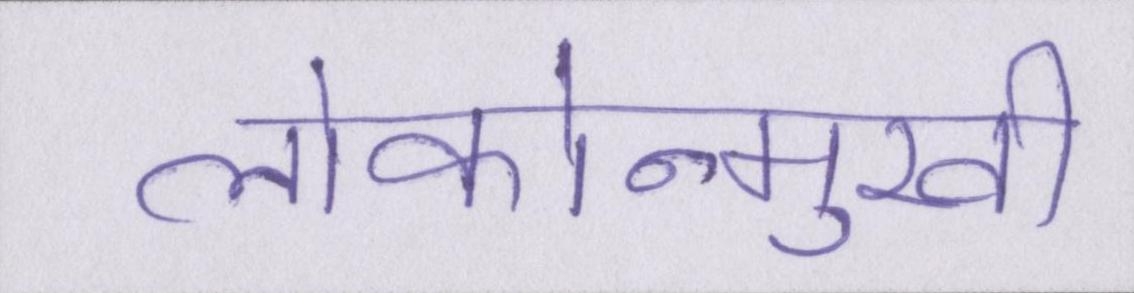
लोकोन्मुखी